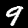
Label: 9